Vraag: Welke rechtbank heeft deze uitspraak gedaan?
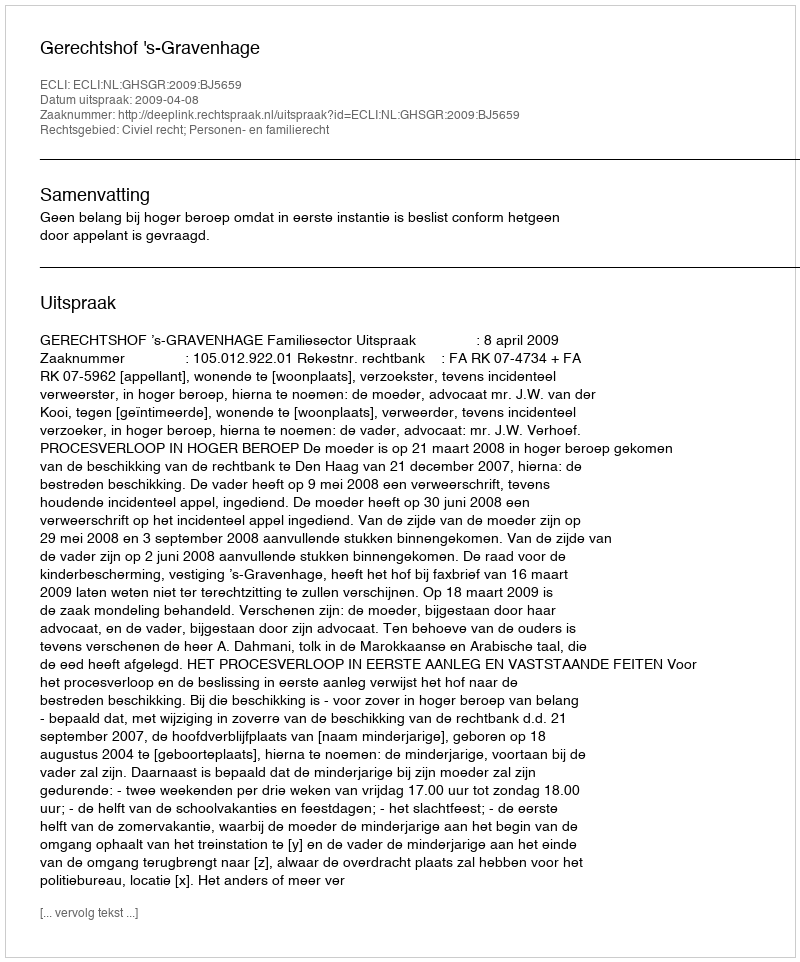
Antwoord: Gerechtshof 's-Gravenhage